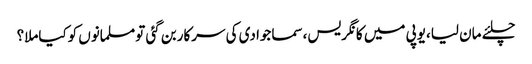
چلئے مان لیا،یوپی میں کانگریس،سماجوادی کی سرکاربن گئی تومسلمانوں کوکیاملا؟